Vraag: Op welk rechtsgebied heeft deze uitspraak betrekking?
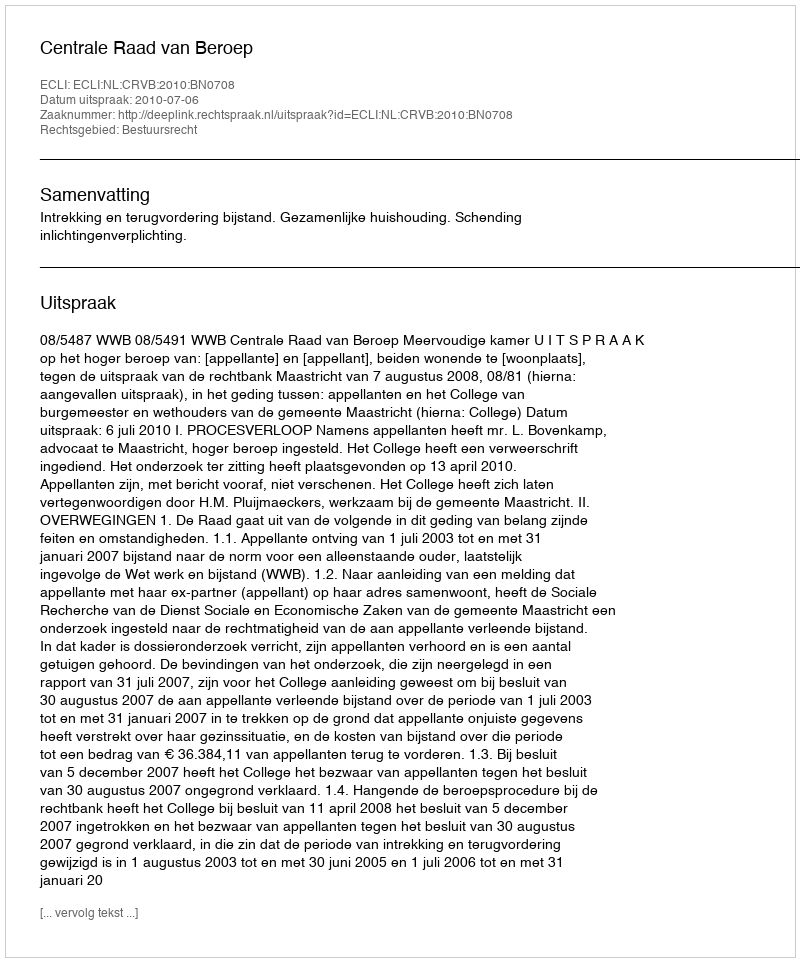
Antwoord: Bestuursrecht